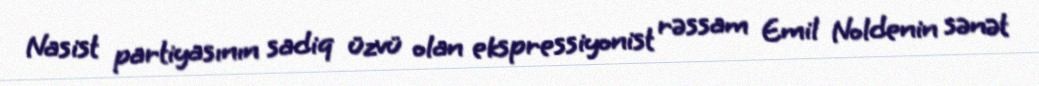
Nasist partiyasının sadiq üzvü olan ekspressiyonist rəssam Emil Noldenin sənət